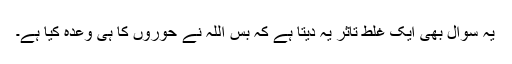
یہ سوال بھی ایک غلط تاثر یہ دیتا ہے کہ بس اللہ نے حوروں کا ہی وعدہ کیا ہے۔